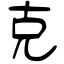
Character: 克